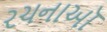
રચનાઑ